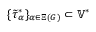
\{ \widetilde { \tau } _ { \alpha } ^ { * } \} _ { \alpha \in \Xi ( G ) } \subset \mathbb { V } ^ { * }